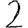
Digit: 2